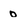
Character: o